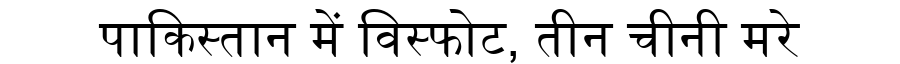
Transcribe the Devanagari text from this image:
पाकिस्तान में विस्फोट, तीन चीनी मरे